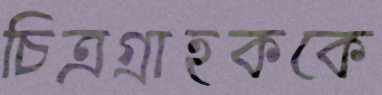
চিত্রগ্রাহককে